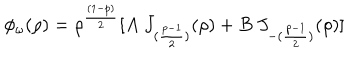
LaTeX: \phi _ { \omega } ( \rho ) = \rho ^ { \frac { ( 1 - p ) } { 2 } } [ A ~ J _ { ( { \frac { p - 1 } { 2 } } ) } ( \rho ) + B ~ J _ { - ( { \frac { p - 1 } { 2 } } ) } ( \rho ) ]